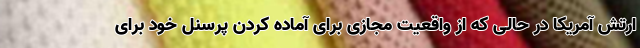
ارتش آمریکا در حالی که از واقعیت مجازی برای آماده کردن پرسنل خود برای